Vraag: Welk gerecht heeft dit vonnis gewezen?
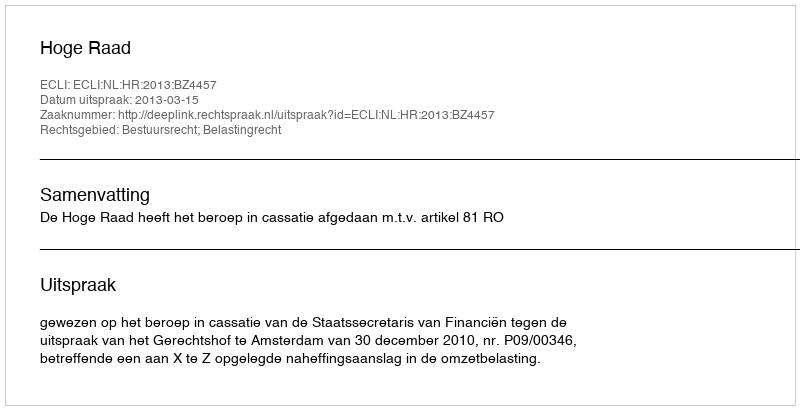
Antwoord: Hoge Raad